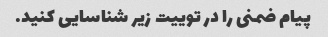
پیام ضمنی را در توییت زیر شناسایی کنید.